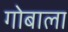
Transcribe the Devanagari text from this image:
गोबाला